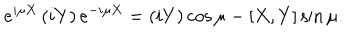
LaTeX: e ^ { i \mu X } \left( i Y \right) e ^ { - i \mu X } = \left( i Y \right) \cos { \mu } - [ X , Y ] \sin { \mu } .